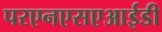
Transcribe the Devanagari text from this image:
परएनएसएआईडी